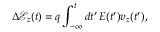
\Delta \mathcal { E } _ { z } ( t ) = q \int _ { - \infty } ^ { t } d t ^ { \prime } \, E ( t ^ { \prime } ) v _ { z } ( t ^ { \prime } ) ,